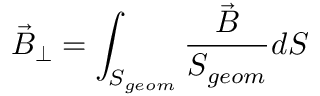
\Vec { B } _ { \perp } = \int _ { S _ { g e o m } } \frac { \Vec { B } } { S _ { g e o m } } d S